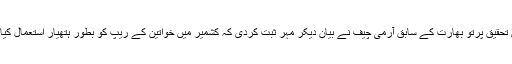
اور اس تحقیق پرتو بھارت کے سابق آرمی چیف نے بیان دیکر مہر ثبت کردی کہ کشمیر میں خواتین کے ریپ کو بطور ہتھیار استعمال کیا جائے۔